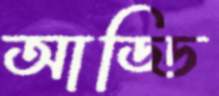
আড্ডি